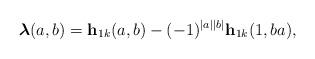
LaTeX: \begin{align*}\boldsymbol{\lambda}(a,b)=\mathbf{h}_{1k}(a,b)-(-1)^{|a||b|}\mathbf{h}_{1k}(1,ba),\end{align*}